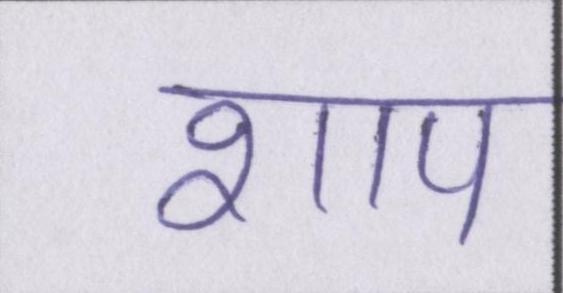
शाप